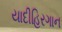
યાદીહિરગાન